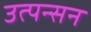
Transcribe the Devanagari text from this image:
उत्पन्सन